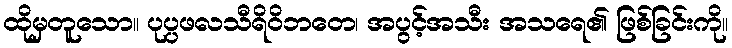
ထိုမှတူသော။ ပုပ္ပဖလသီရိဝိဘတေ၊ အပွင့်အသီး အသရေ၏ ဖြစ်ခြင်းကို။